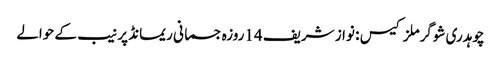
چوہدری شوگرملز کیس : نواز شریف 14روزہ جسمانی ریمانڈ پر نیب کے حوالے